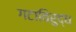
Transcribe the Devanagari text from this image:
गटाविरुद्ध